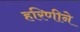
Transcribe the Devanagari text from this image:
हरिणीने